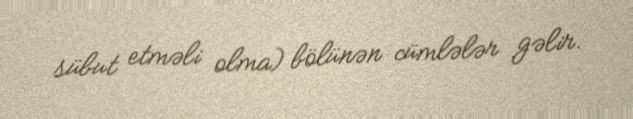
sübut etməli olma) bölünən cümlələr gəlir.